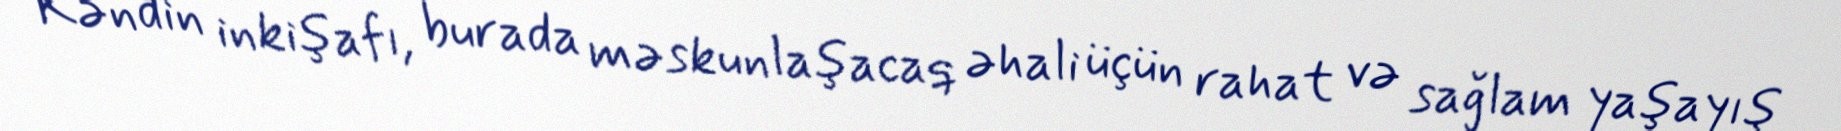
Kəndin inkişafı, burada məskunlaşacaq əhali üçün rahat və sağlam yaşayış